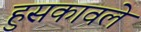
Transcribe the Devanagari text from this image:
हुसकावले